Report on horse surra - Volume I
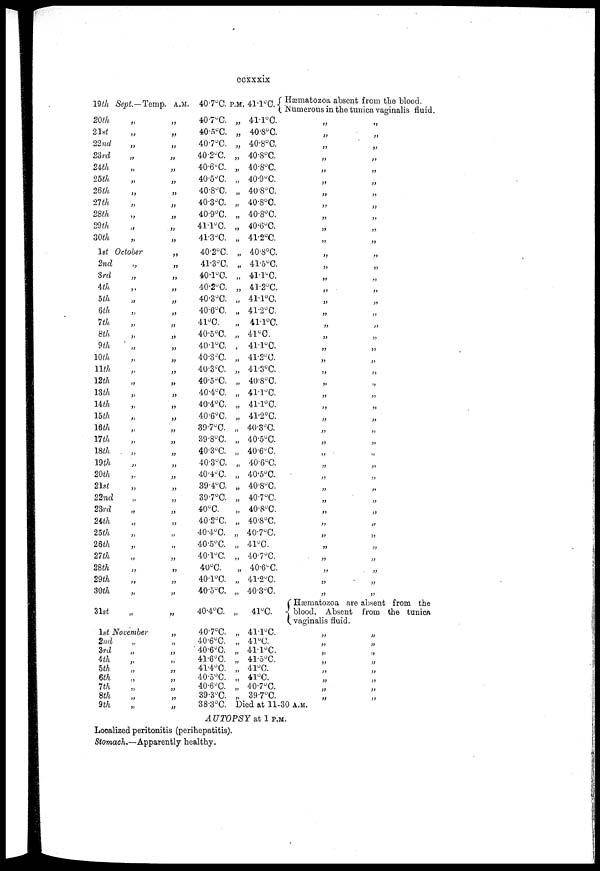
ccxxix
19th
20th
21st
22nd
23rd
24th
25th
26th
27th
28th
29th
30th
Sept—Temp.
„
„
„
„
„
„
„
„
„
„
„
1st October
2nd
3rd
4th
5th
6th
7th
8th
9th
10th
11th
12th
13th
14th
15th
16th
17th
18th
19th
20th
21st
22nd
23rd
24th
25th
26th
27th
28th
29th
30th
31st
„
„
„
„
„
„
„
„
„
„
„
„
„
„
„
„
„
„
.,
„
„
„
„
„
„
„
„
„
„
„
1st November
2nd
3rd
4th
5th
6th
7th
8th
9th
„
„
„
„
„
„
„
„
A.M.
„
„
„
„
„
„
„
„
„
„
„
„
„
„
„
„
„
„
„
„
„
„
„
„
„
„
„
„
„
„
„
„
„
„
„
„
„
„
„
„
„
„
„
„
„
„
„
„
„
„
„
40.7°C.
40.7°C.
40.5°C.
40.7°C.
40.2°C.
40.6°C.
40.5°C.
40.8°C.
40.3°C.
40.9°C.
41.1°C.
41.3°C.
40.2°C.
41.3°C.
40.1°C.
40.2°C.
40.3°C.
40.6°C.
41°C.
40.5°C.
40.1°C.
40.3°C.
40.3°C.
40.5°C.
40.4°C.
40.4°C.
40.6°C.
39.7°C.
39.8°C.
40.3°C.
40.3°C.
40.4°C.
39.4°C.
39.7°C.
40°C.
40.2°C.
40.4°C.
40.5°C.
40.1°C.
40°C.
40.1°C.
40.5°C.
40.4°C.
40.7°C.
40.6°C.
40.6°C.
41.6°C.
41.4°C.
40.5°C.
40.6°C.
39.3°C.
38.3°C.
P.M.
„
„
„
„
„
„
„
„
„
„
„
„
„
„
„
„
„
„
„
„
„
„
„
„
„
„
„
„
„
„
„
„
„
„
„
„
„
„
„
„
„
„
„
„
„
„
„
„
„
„
41.1°C. {
41.1°C.
40.8°C.
40.8°C.
40.8°C.
40.8°C.
40.9°C.
40.8°C.
40.8°C.
40.8°C.
40.6°C.
41.2°C.
40.8°C.
41.5°C.
41.1°C.
41.2°C.
41.1°C.
41.2°C.
41.1°C.
41°C.
41.1°C.
41.2°C.
41.3°C.
40.8°C.
41.1°C.
41.1°C.
41.2°C.
40.3°C.
40.5°C.
40.6°C.
40.6°C.
40.5°C.
40.8°C.
40.7°C.
40.8°C.
40.8°C.
40.7°C.
41°C.
40.7°C.
40.6°C.
41.2°C.
40.3°C.
41°C.
41.1°C.
41°C.
41.1°C.
41.5°C.
41°C.
41°C.
40.7°C.
39.7°C.
Hæmatozoa absent from the blood.
Numerous in the tunica vaginalis fluid.
„
„
„
„
„
„
„
„
„
„
„
„
„
„
„
„
„
„
„
„
„
„
„
„
„
„
„
„
„
„
„
„
„
„
„
„
„
„
„
„
„
„
„
„
„
„
„
„
„
„
„
„
„
„
„
„
„
„
„
„
„
„
„
„
„
„
„
„
„
„
„
„
„
„
„
„
„
„
„
„
„
„
Hæmatozoa are absent from the
{ blood. Absent from the tunica
vaginalis fluid.
Died at 11-30 A.M.
AUTOPSY at 1 P.M.
Localized peritonitis (perihepatitis).
Stomach.—Apparently healthy.
„
„
„
„
„
„
„
„
„
„
„
„
„
„
„
„